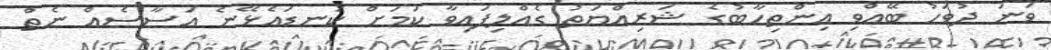
ވަނަ ދުވަހު ބޭއްވި އިންތިހާބުގެ ޝަރިއްޔަތު ގެއްލިފައިވާ ކަމަށް ކަނޑައެޅޭނެ އަސާސެއް ނެތް